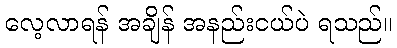
လေ့လာရန် အချိန် အနည်းငယ်ပဲ ရသည်။